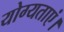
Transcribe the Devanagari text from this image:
योग्यताएं।